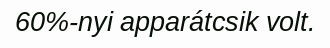
60%-nyi apparátcsik volt.